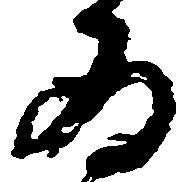
為